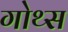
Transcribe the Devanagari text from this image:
गोथ्स